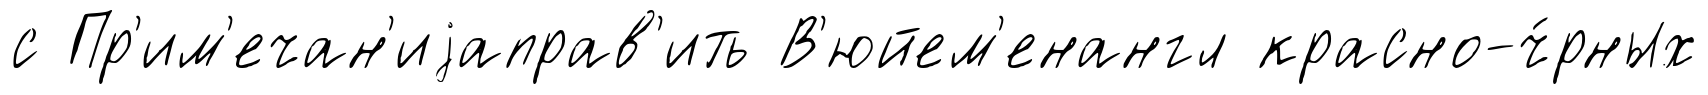
с Пр'им'ечан'иjаправ'ить В'юйем'енангл красно-ч́рных